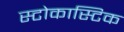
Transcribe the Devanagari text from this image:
स्टोकास्टिक